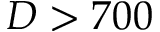
D > 7 0 0